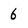
Character: 6